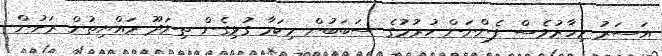
އަސަރު މިހާރުވެސް ފެންނަން ހުރުމުގެ ސަބަބުން މިކަމާ ގުޅިގެން ތިނަދޫ ރައްޔިތުން ރަށުން